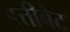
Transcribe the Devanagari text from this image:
हत्तीबेट